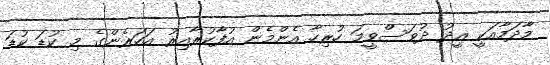
މާދަމާއަކީ ޢީދު ދުވަސްވީމަ ހުރިހާ އެންމެން އުފާކުރާއިރު އަހަރެންގެ މި ކުޑަ ކުޑަ